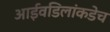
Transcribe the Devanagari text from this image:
आईवडिलांकडेच